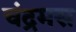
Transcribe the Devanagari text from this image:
चंद्रमस